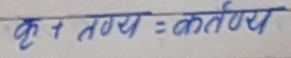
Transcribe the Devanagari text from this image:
वृ तण्णय = कर्त्तणय